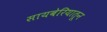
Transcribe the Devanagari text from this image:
सायबेरियातून